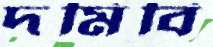
দমিবি